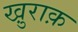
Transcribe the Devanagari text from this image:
खु़राक़